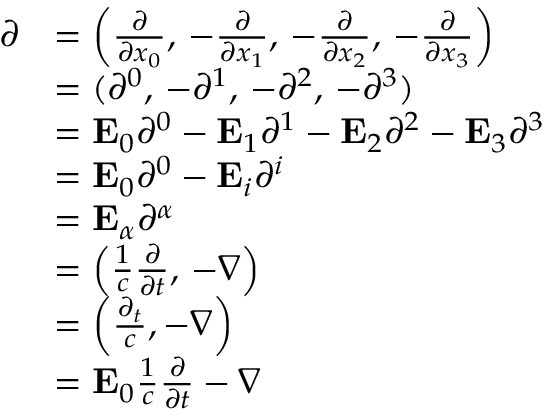
{ \begin{array} { r l } { { \boldsymbol { \partial } } } & { = \left( { \frac { \partial } { \partial x _ { 0 } } } , \, - { \frac { \partial } { \partial x _ { 1 } } } , \, - { \frac { \partial } { \partial x _ { 2 } } } , \, - { \frac { \partial } { \partial x _ { 3 } } } \right) } \\ & { = ( \partial ^ { 0 } , \, - \partial ^ { 1 } , \, - \partial ^ { 2 } , \, - \partial ^ { 3 } ) } \\ & { = \mathbf { E } _ { 0 } \partial ^ { 0 } - \mathbf { E } _ { 1 } \partial ^ { 1 } - \mathbf { E } _ { 2 } \partial ^ { 2 } - \mathbf { E } _ { 3 } \partial ^ { 3 } } \\ & { = \mathbf { E } _ { 0 } \partial ^ { 0 } - \mathbf { E } _ { i } \partial ^ { i } } \\ & { = \mathbf { E } _ { \alpha } \partial ^ { \alpha } } \\ & { = \left( { \frac { 1 } { c } } { \frac { \partial } { \partial t } } , \, - \nabla \right) } \\ & { = \left( { \frac { \partial _ { t } } { c } } , - \nabla \right) } \\ & { = \mathbf { E } _ { 0 } { \frac { 1 } { c } } { \frac { \partial } { \partial t } } - \nabla } \end{array} }